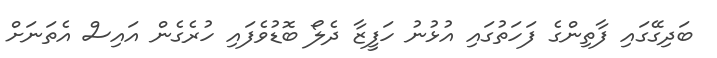
ބަދިގޭގައި ފާތިންގެ ފަހަތުގައި އުޅުނު ހަފީޒާ ދެލޯ ބޮޑުވެފައި ހުރެގެން އައިސް އެތަނަށް